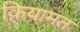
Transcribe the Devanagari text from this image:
क़ियामत